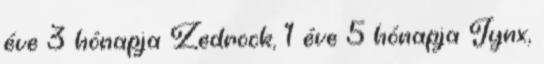
éve 3 hónapja Zedrock, 1 éve 5 hónapja Jynx,